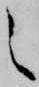
之